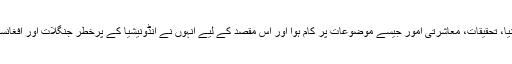
شہزاد کا کہنا ہے کہ ان کی دستاویزی فلموں میں کاروباری دنیا، تحقیقات، معاشرتی امور جیسے موضوعات پر کام ہوا اور اس مقصد کے لیے انہوں نے انڈونیشیا کے پرخطر جنگلات اور افغانستان جیسے خطرناک مقامات پر عسکریت پسندوں کا سامنا کیا۔